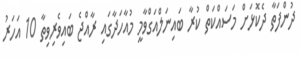
ދުންފަތާ ދެކޮޅަށް މަސައްކަތް ކުރާ ބައިނަލްއަގްވާމީ މުއާހަދާގައި ރާއްޖެ ބައިވެރިވިތާ 10 އަހަރު